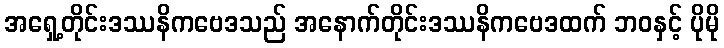
အရှေ့တိုင်းဒဿနိကဗေဒသည် အနောက်တိုင်းဒဿနိကဗေဒထက် ဘဝနှင့် ပိုမို